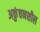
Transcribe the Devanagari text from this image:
अकुंचनशील